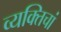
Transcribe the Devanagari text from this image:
व्यक्तिचां